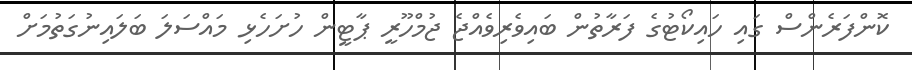
ކޮންފަރެންސް ގައި ހައިކޯޓުގެ ފަރާތުން ބައިވެރިވެއްޖެ ޖުމްހޫރީ ޕާޓީން ހުށަހެޅި މައްސަލަ ބަލައިނުގަތުމަށް